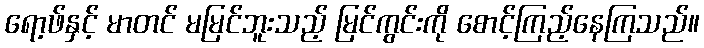
ရော့ဖ်နှင့် မာတင် မမြင်ဘူးသည့် မြင်ကွင်းကို စောင့်ကြည့်နေကြသည်။